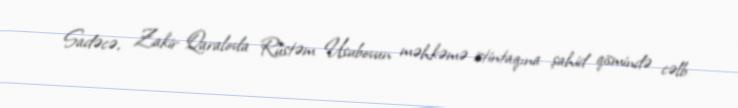
Sadəcə, Zakir Qaralovla Rüstəm Usubovun məhkəmə istintaqına şahid qismində cəlb